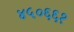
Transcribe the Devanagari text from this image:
४५०६६१